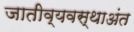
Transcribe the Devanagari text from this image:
जातीव्यवस्थाअंत